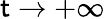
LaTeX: \mathsf{t}\to+\infty